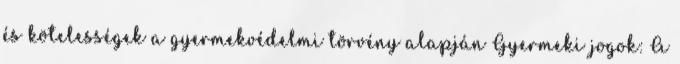
és kötelességek a gyermekvédelmi törvény alapján Gyermeki jogok: A